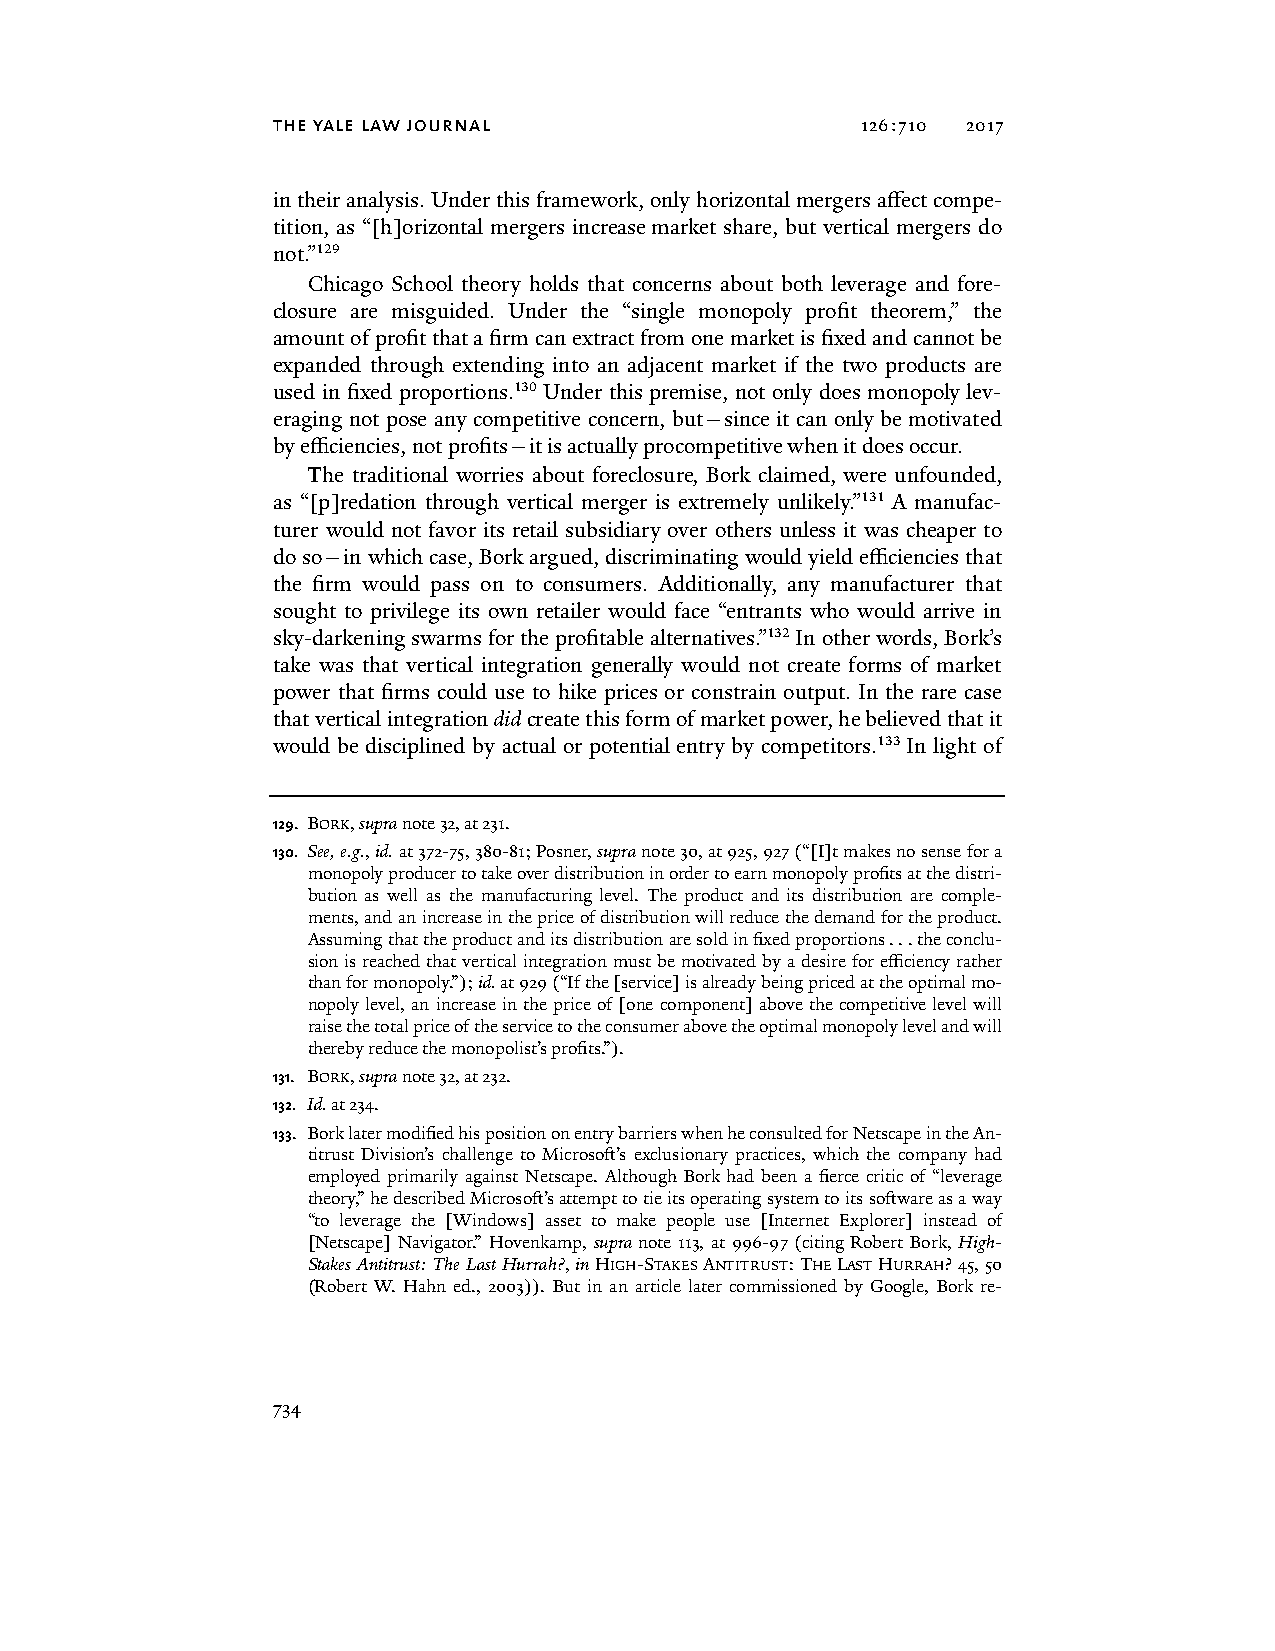
the yale law journal                   126:710 2017
 in their analysis. Under this framework, only horizontal mergers affect compe-
 tition, as “[h]orizontal mergers increase market share, but vertical mergers do
 not.”129
 Chicago School theory holds that concerns about both leverage and fore-
 closure are misguided. Under the “single monopoly profit theorem,” the
 amount of profit that a firm can extract from one market is fixed and cannot be
 expanded through extending into an adjacent market if the two products are
 used in fixed proportions.130 Under this premise, not only does monopoly lev-
 eraging not pose any competitive concern, but—since it can only be motivated
 by efficiencies, not profits—it is actually procompetitive when it does occur.
 The traditional worries about foreclosure, Bork claimed, were unfounded,
 as “[p]redation through vertical merger is extremely unlikely.”131 A manufac-
 turer would not favor its retail subsidiary over others unless it was cheaper to
 do so—in which case, Bork argued, discriminating would yield efficiencies that
 the firm would pass on to consumers. Additionally, any manufacturer that
 sought to privilege its own retailer would face “entrants who would arrive in
 sky-darkening swarms for the profitable alternatives.”132 In other words, Bork’s
 take was that vertical integration generally would not create forms of market
 power that firms could use to hike prices or constrain output. In the rare case
 that vertical integration did create this form of market power, he believed that it
 would be disciplined by actual or potential entry by competitors.133 In light of
 129. BORK, supra note 32, at 231.
 130. See, e.g., id. at 372-75, 380-81; Posner, supra note 30, at 925, 927 (“[I]t makes no sense for a
 monopoly producer to take over distribution in order to earn monopoly profits at the distri-
 bution as well as the manufacturing level. The product and its distribution are comple-
 ments, and an increase in the price of distribution will reduce the demand for the product.
 Assuming that the product and its distribution are sold in fixed proportions . . . the conclu-
 sion is reached that vertical integration must be motivated by a desire for efficiency rather
 than for monopoly.”); id. at 929 (“If the [service] is already being priced at the optimal mo-
 nopoly level, an increase in the price of [one component] above the competitive level will
 raise the total price of the service to the consumer above the optimal monopoly level and will
 thereby reduce the monopolist’s profits.”).
 131. BORK, supra note 32, at 232.
 132. Id. at 234.
 133. Bork later modified his position on entry barriers when he consulted for Netscape in the An-
 titrust Division’s challenge to Microsoft’s exclusionary practices, which the company had
 employed primarily against Netscape. Although Bork had been a fierce critic of “leverage
 theory,” he described Microsoft’s attempt to tie its operating system to its software as a way
 “to leverage the [Windows] asset to make people use [Internet Explorer] instead of
 [Netscape] Navigator.” Hovenkamp, supra note 113, at 996-97 (citing Robert Bork, High-
 Stakes Antitrust: The Last Hurrah?, in HIGH-STAKES ANTITRUST: THE LAST HURRAH? 45, 50
 (Robert W. Hahn ed., 2003)). But in an article later commissioned by Google, Bork re-
 734